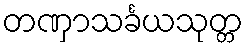
တဏှာသင်္ခယသုတ္တ